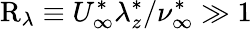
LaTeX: \mathrm{R}_{\lambda}\equiv U_{\infty}^{\ast}\lambda_{z}^{\ast}/\nu_{\infty}^{\ast}\gg 1